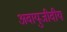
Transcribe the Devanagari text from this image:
अवायुजीवीय